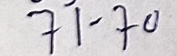
71 - 70